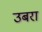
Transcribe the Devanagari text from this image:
उबरा